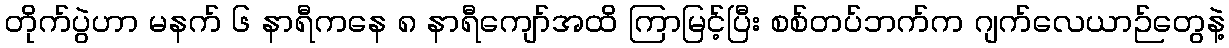
တိုက်ပွဲဟာ မနက် ၆ နာရီကနေ ၈ နာရီကျော်အထိ ကြာမြင့်ပြီး စစ်တပ်ဘက်က ဂျက်လေယာဉ်တွေနဲ့